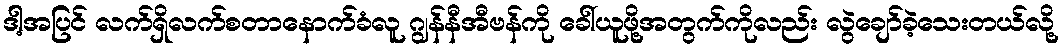
ဒါ့အပြင် လက်ရှိလက်စတာနောက်ခံလူ ဂျွန်နီအီဗန်ကို ခေါ်ယူဖို့အတွက်ကိုလည်း လွဲချော်ခဲ့သေးတယ်လို့